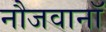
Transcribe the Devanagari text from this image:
नौजवानॉ